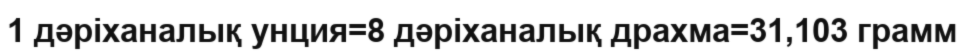
1 дәріханалық унция=8 дәріханалық драхма=31‚103 грамм